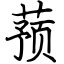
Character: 蓣